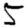
Digit: 5